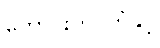
ကောင်းကင်ဘုံနှင့်